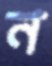
ন